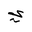
Letter: _ya